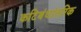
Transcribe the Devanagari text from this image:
कटिबंधांतरिक